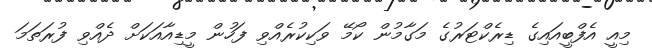
މިއީ އެފްބީއައިގެ ޑިރެކްޓަރުގެ މަގާމުން ކޯމޭ ވަކިކުރެއްވި ފަހުން މީޑިއާއަކަށް ދެއްވި ފުރަތަމަ